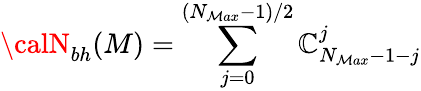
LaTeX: {\calN}_{bh}(M)=\sum_{j=0}^{(N_{\mathcal{M}ax}-1)/2}\mathbb{C}_{N_{\mathcal{M}ax}-1-j}^{j}